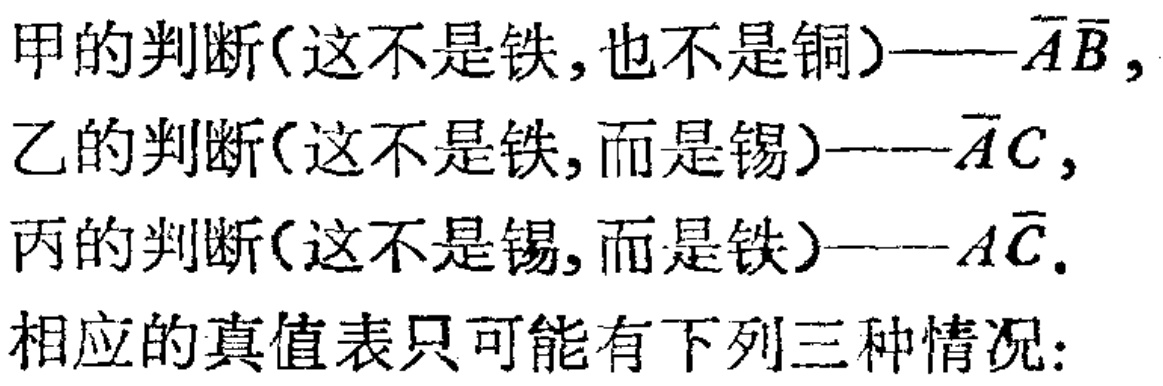
甲的判断(这不是铁,也不是铜)——\(\overline{A}\overline{B}\),

乙的判断(这不是铁,而是锡)——\(\overline{A}C\),

丙的判断(这不是锡,而是铁)——\(A\overline{C}\).

相应的真值表只可能有下列三种情况: